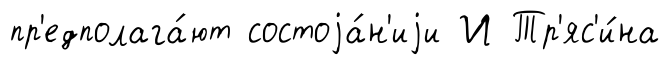
пр'едполага́ют состоjа́н'иjи И Тр'яс'и́на